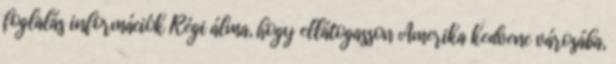
foglalás információk Régi álma, hogy ellátogasson Amerika kedvenc városába,